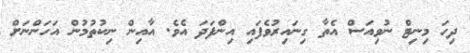
ދިހަ މިނިޓް ނުވިއަސް އެތާ ގިނައިރުވެފައި އިންފަދަ އެވެ. އާއިން ނިކުތުމުން އަހަންނަށް